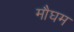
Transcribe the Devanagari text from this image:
मौघम